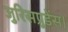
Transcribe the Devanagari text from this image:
जुरिसप्रुडेंस।